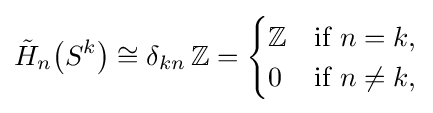
{\tilde {H}}_{n}\!\left(S^{k}\right)\cong \delta _{kn}\,\mathbb {Z} ={\begin{cases}\mathbb {Z} &{\mbox{if }}n=k,\\0&{\mbox{if }}n\neq k,\end{cases}}